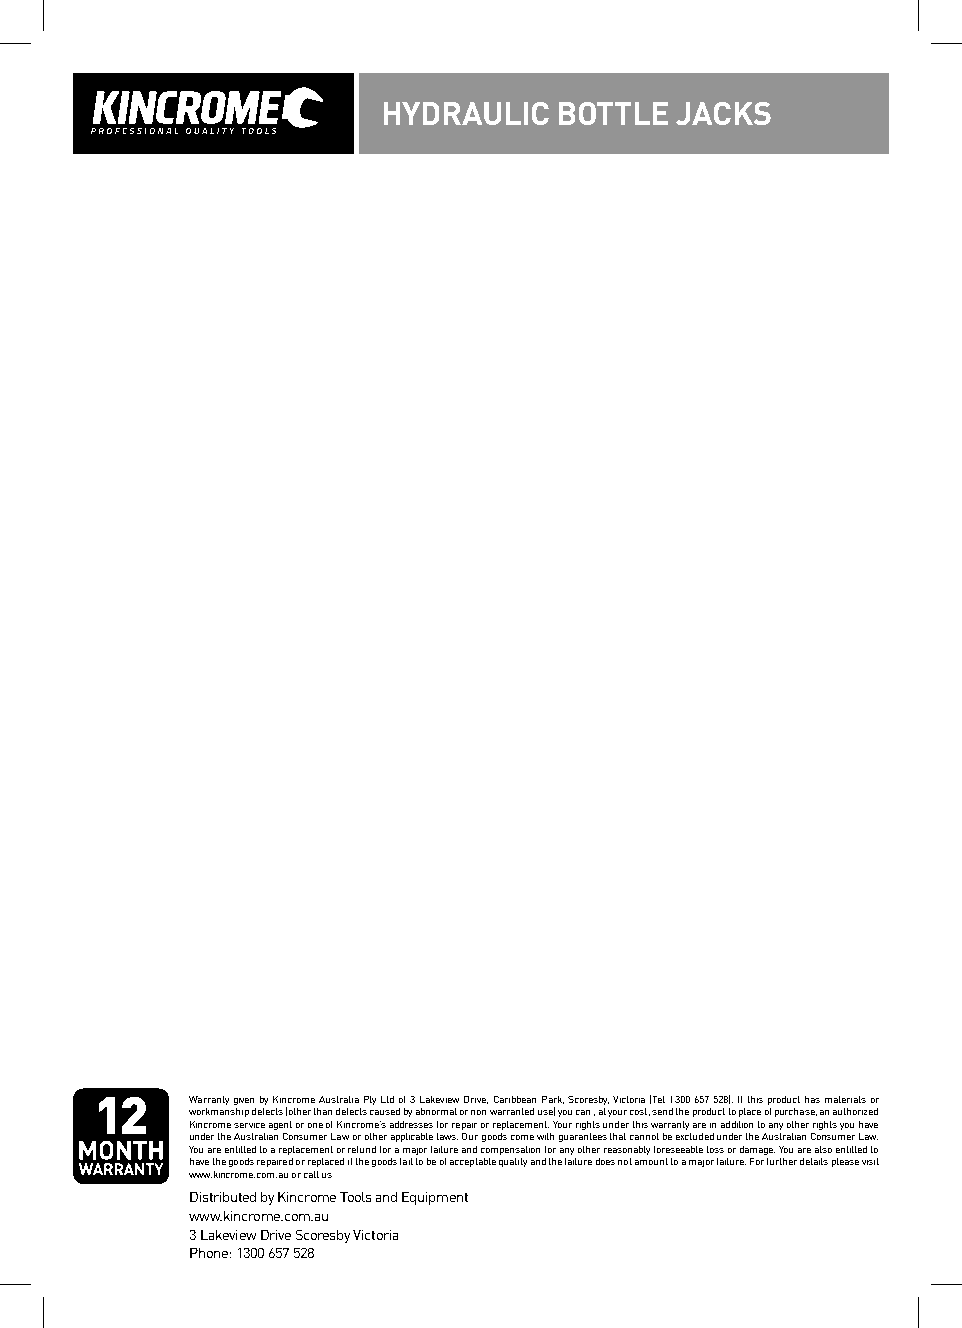
HYDRAULIC   BOTTLE  JACKS
 Warranty given by Kincrome Australia Pty Ltd of 3 Lakeview Drive, Caribbean Park, Scoresby, Victoria (Tel 1300 657 528). If this product has materials or
 workmanship defects (other than defects caused by abnormal or non warranted use) you can , at your cost, send the product to place of purchase, an authorized
 Kincrome service agent or one of Kincrome’s addresses for repair or replacement. Your rights under this warranty are in addition to any other rights you have
 under the Australian Consumer Law or other applicable laws. Our goods come with guarantees that cannot be excluded under the Australian Consumer Law.
 You are entitled to a replacement or refund for a major failure and compensation for any other reasonably foreseeable loss or damage. You are also entitled to
 have the goods repaired or replaced if the goods fail to be of acceptable quality and the failure does not amount to a major failure. For further details please visit
 www.kincrome.com.au or call us
 Distributed by Kincrome Tools and Equipment
 www.kincrome.com.au
 3 Lakeview Drive Scoresby Victoria
 Phone: 1300 657 528